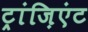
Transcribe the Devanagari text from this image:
ट्रांज़िएंट